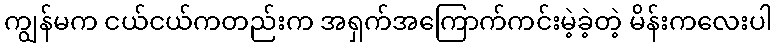
ကျွန်မက ငယ်ငယ်ကတည်းက အရှက်အကြောက်ကင်းမဲ့ခဲ့တဲ့ မိန်းကလေးပါ